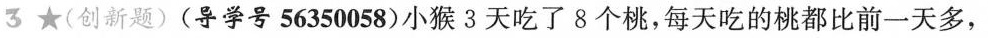
3 \star (创新题) (导学号56350058)小猴3天吃了8个桃，每天吃的桃都比前一天多，